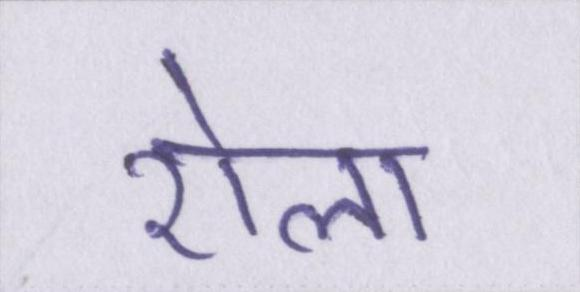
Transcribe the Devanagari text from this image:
रोला